65_HS1-834228961_62-HQ-83894_Section_6
Agency: FBI
Page 4
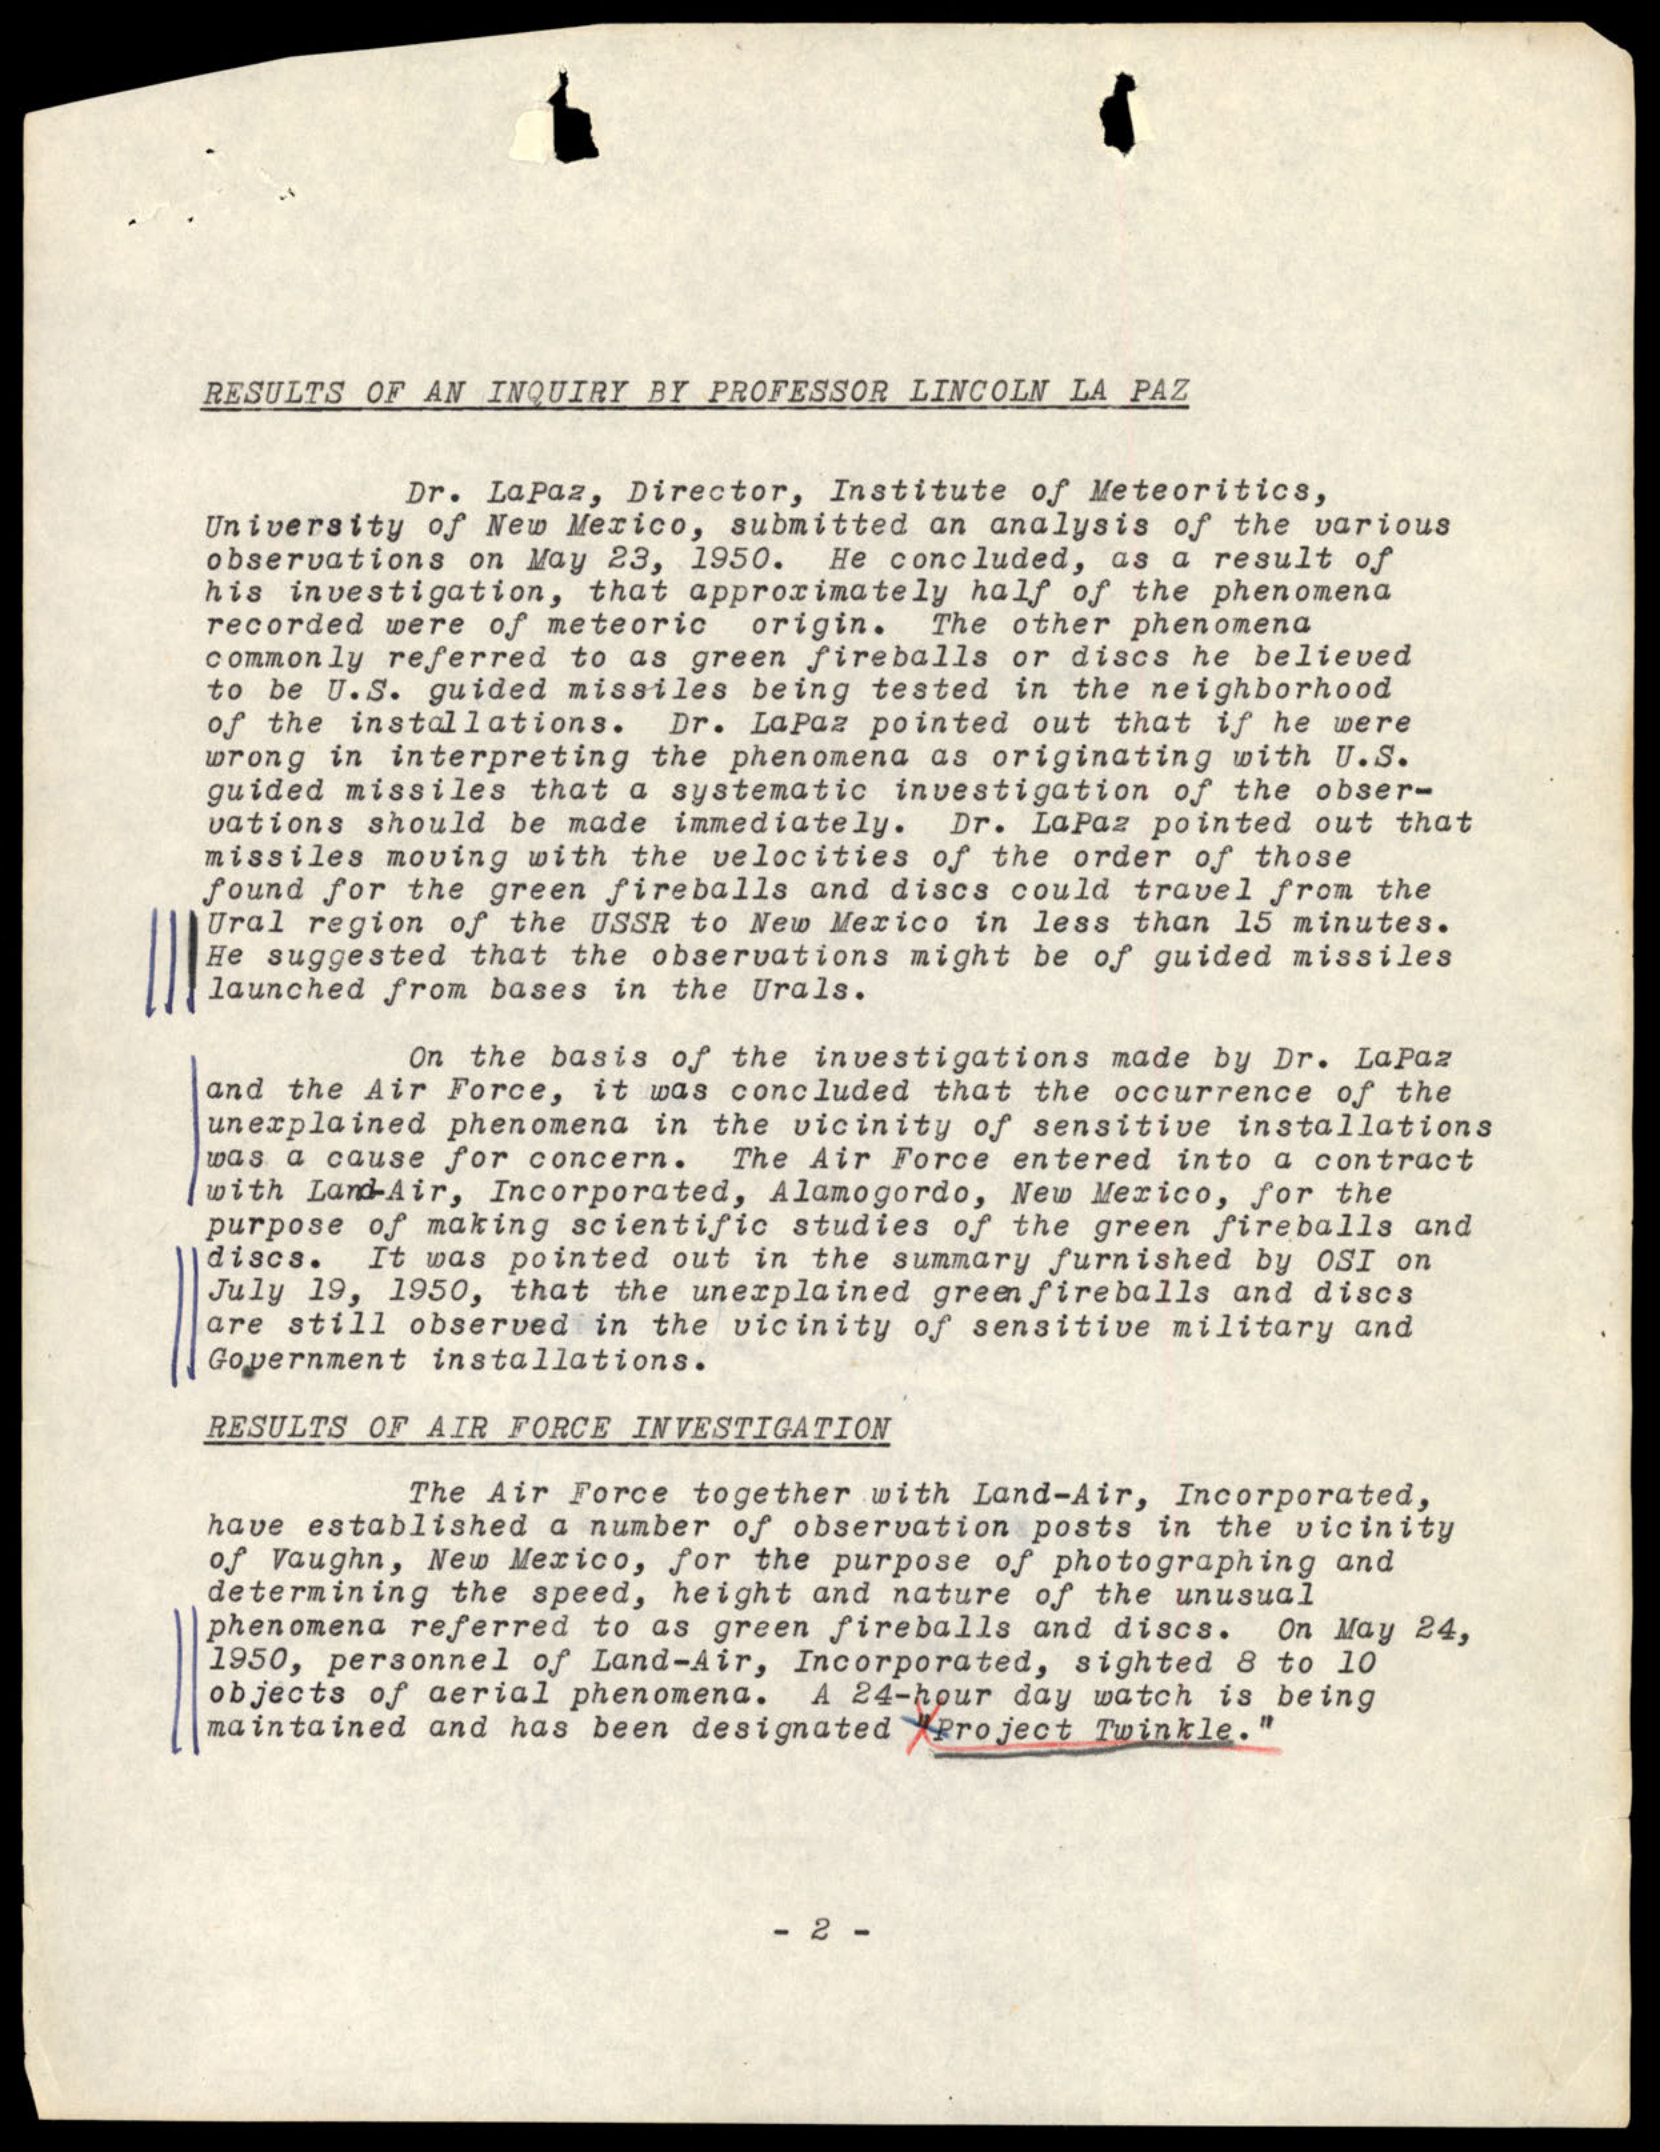